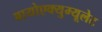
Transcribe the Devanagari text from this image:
बायोएक्युम्यूलेट